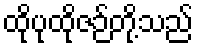
ထိုပုထိုဇဉ်တို့သည်